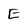
Character: E